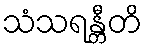
သံသရန္တီတိ